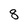
Character: 8